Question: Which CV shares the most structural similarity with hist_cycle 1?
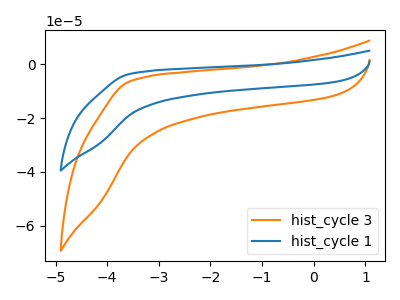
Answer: <think>The orange curve "hist_cycle 3" has no peaks. The blue curve "hist_cycle 1" has no peaks.
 Neither "hist_cycle 3" or "hist_cycle 1" have any peaks.</think>
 <answer>The CV with the most similar shape to "hist_cycle 3" is "hist_cycle 1".</answer>
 <eval>"hist_cycle 1"</eval>